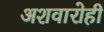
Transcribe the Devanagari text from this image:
अशवारोही